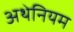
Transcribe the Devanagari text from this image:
अथेनियम